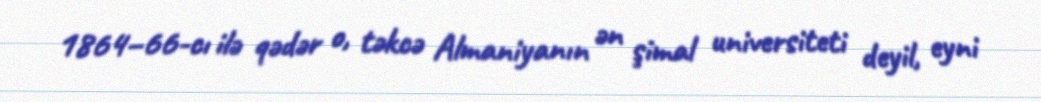
1864–66-cı ilə qədər o, təkcə Almaniyanın ən şimal universiteti deyil, eyni